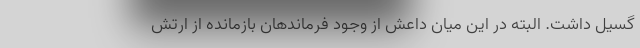
گسیل داشت. البته در این میان داعش از وجود فرماندهان بازمانده از ارتش